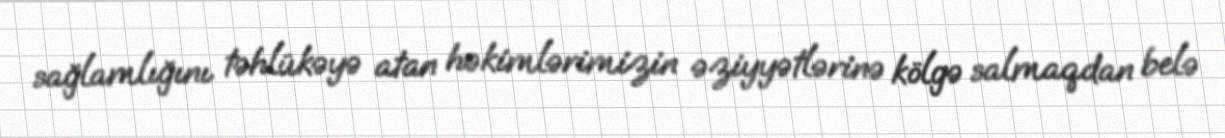
sağlamlığını təhlükəyə atan həkimlərimizin əziyyətlərinə kölgə salmaqdan belə